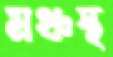
মঞ্চস্থ